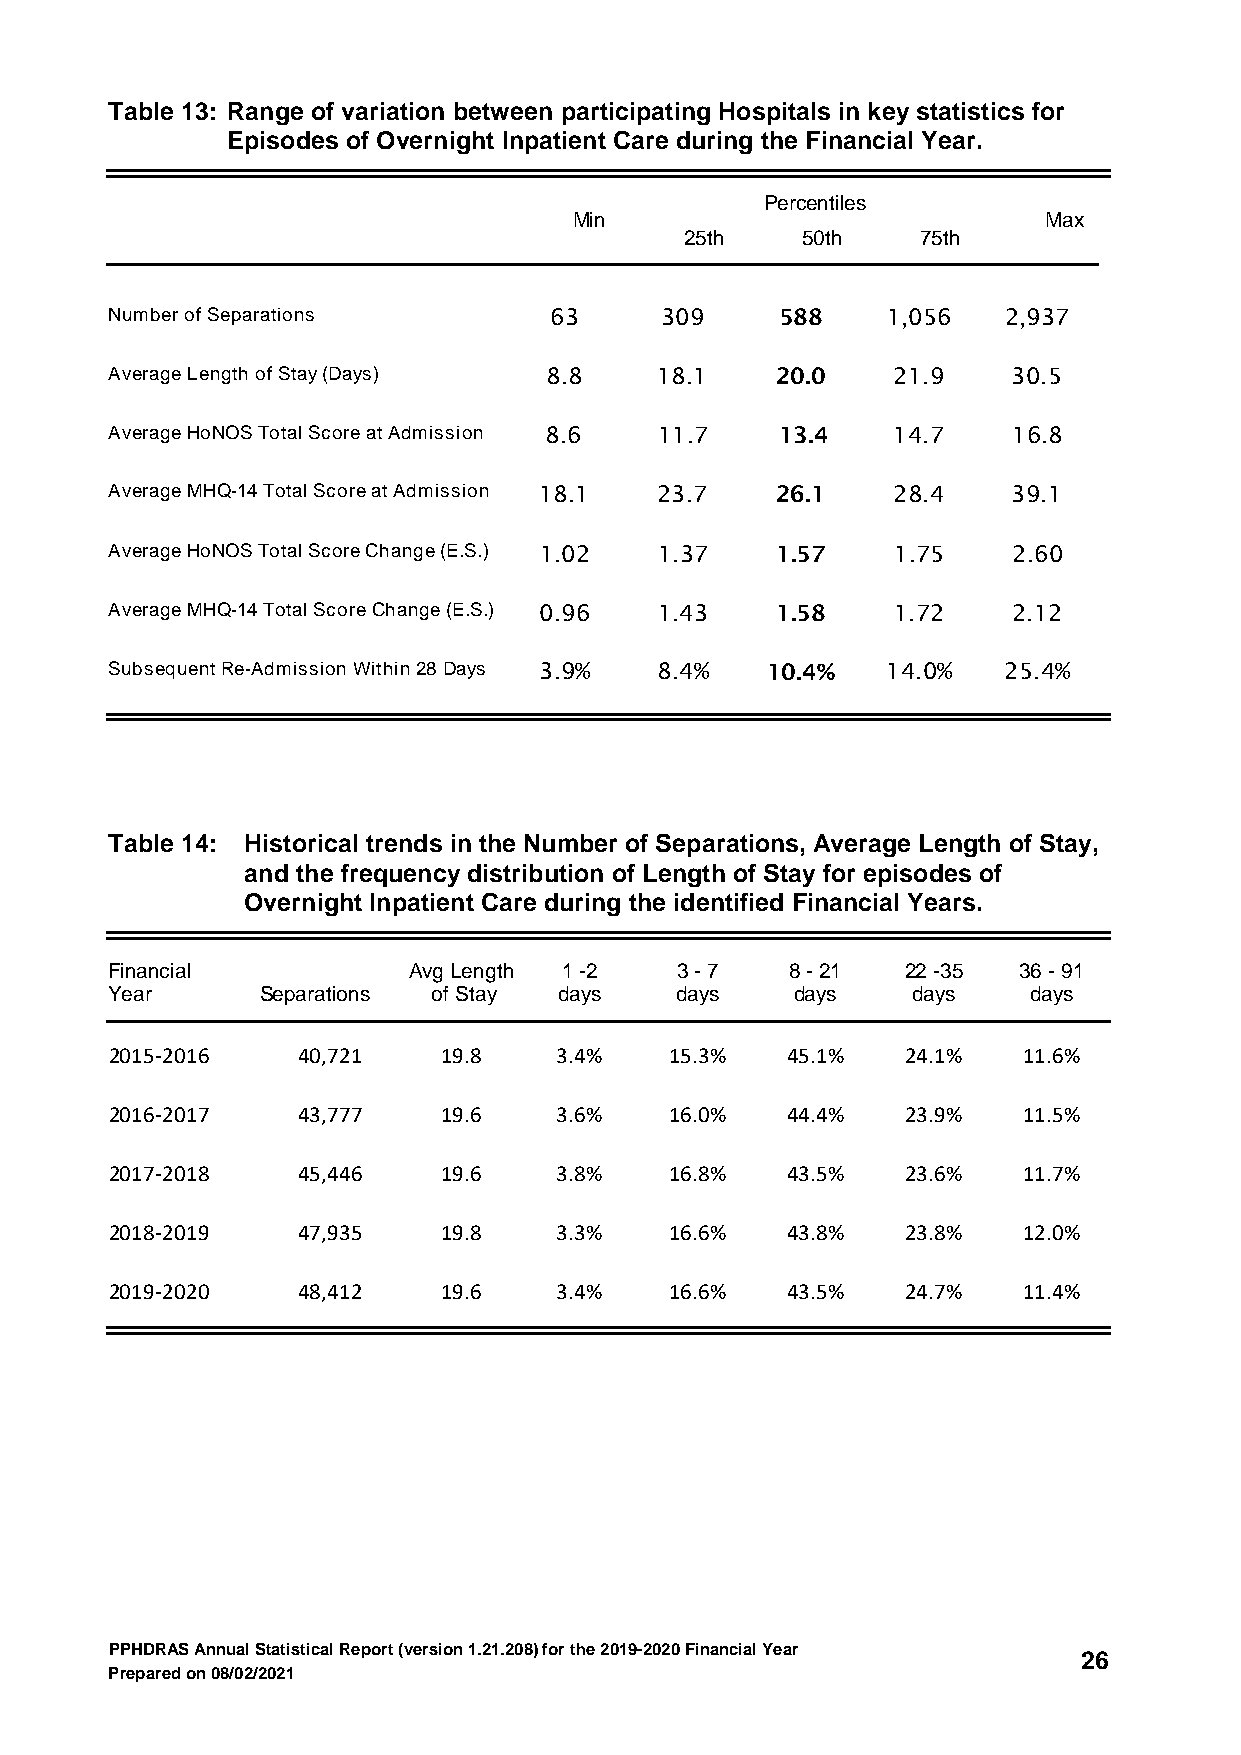
Table 13: Range of variation between participating Hospitals in key statistics for
 Episodes of Overnight Inpatient Care during the Financial Year.
 Percentiles
 Min                            Max
 25th    50th    75th
 Number of Separations        63      309     588    1,056  2,937
 Average Length of Stay (Days) 8.8   18.1    20.0    21.9    30.5
 Average HoNOS Total Score at Admission 8.6 11.7 13.4 14.7   16.8
 Average MHQ-14 Total Score at Admission 18.1 23.7 26.1 28.4 39.1
 Average HoNOS Total Score Change (E.S.) 1.02 1.37 1.57 1.75 2.60
 Average MHQ-14 Total Score Change (E.S.) 0.96 1.43 1.58 1.72 2.12
 Subsequent Re-Admission Within 28 Days 3.9% 8.4% 10.4% 14.0% 25.4%
 Table 14: Historical trends in the Number of Separations, Average Length of Stay,
 and the frequency distribution of Length of Stay for episodes of
 Overnight Inpatient Care during the identified Financial Years.
 Financial           Avg Length 1 -2   3 - 7  8 - 21  22 -35 36 - 91
 Year      Separations of Stay days    days    days   days    days
 2015-2016    40,721   19.8    3.4%   15.3%   45.1%   24.1%   11.6%
 2016-2017    43,777   19.6    3.6%   16.0%   44.4%   23.9%   11.5%
 2017-2018    45,446   19.6    3.8%   16.8%   43.5%   23.6%   11.7%
 2018-2019    47,935   19.8    3.3%   16.6%   43.8%   23.8%   12.0%
 2019-2020    48,412   19.6    3.4%   16.6%   43.5%   24.7%   11.4%
 PPHDRAS Annual Statistical Report (version 1.21.208) for the 2019-2020 Financial Year
 26
 Prepared on 08/02/2021